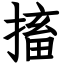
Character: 搐